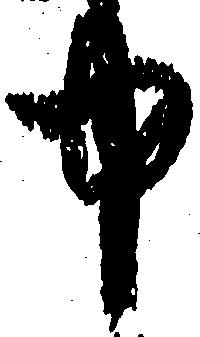
中